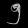
Digit: ၅